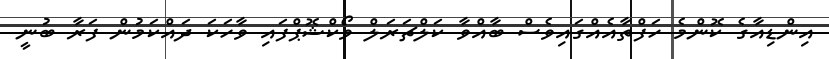
އިންޑިއާގެ ކޮންމެ ހަފްތާއެއްގައިވެސް ބާއްވާ ކަލްޗަރަލް ވޯކްޝޮޕްފައި ވާހަކަ ދައްކަމުން ފަރާ ބުނީ